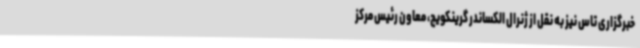
خبرگزاری تاس نیز به نقل از ژنرال الکساندر گرینکویچ، معاون رئیس مرکز